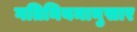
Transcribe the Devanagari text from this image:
गतिनियमानुसार